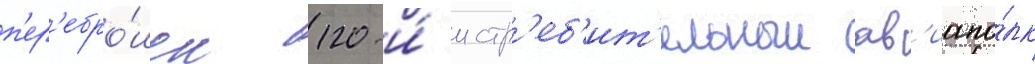
п'ер'ебро́шен 120-и́ истр'еб'ит'ельныи ав'иапо́лк